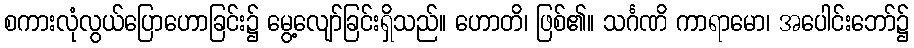
စကားလုံလွယ်ပြောဟောခြင်း၌ မွေ့လျော်ခြင်းရှိသည်။ ဟောတိ၊ ဖြစ်၏။ သင်္ဂဏိ ကာရာမော၊ အပေါင်းဘော်၌